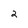
Character: 2